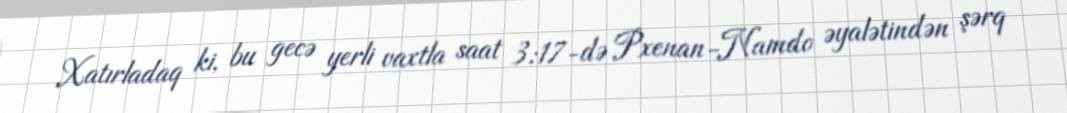
Xatırladaq ki, bu gecə yerli vaxtla saat 3:17-də Pxenan-Namdo əyalətindən şərq